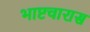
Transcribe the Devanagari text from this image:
भाष्टचारास